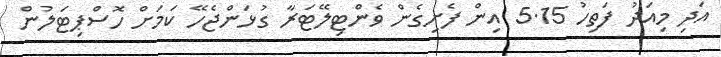
އަދި މިއަދު ފަތިހު 5.15 އިން ފެށިގެން ވެންޓިލޭޓަރާ ގުޅަންޖެހޭ ކަމަށް ހޮސްޕިޓަލުން